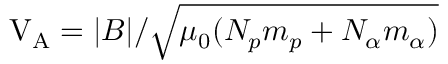
\mathrm { V _ { A } } = | B | / \sqrt { \mu _ { 0 } ( N _ { p } m _ { p } + N _ { \alpha } m _ { \alpha } ) }